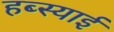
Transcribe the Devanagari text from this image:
हब्स्याई